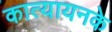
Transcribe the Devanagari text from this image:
कात्यायनके